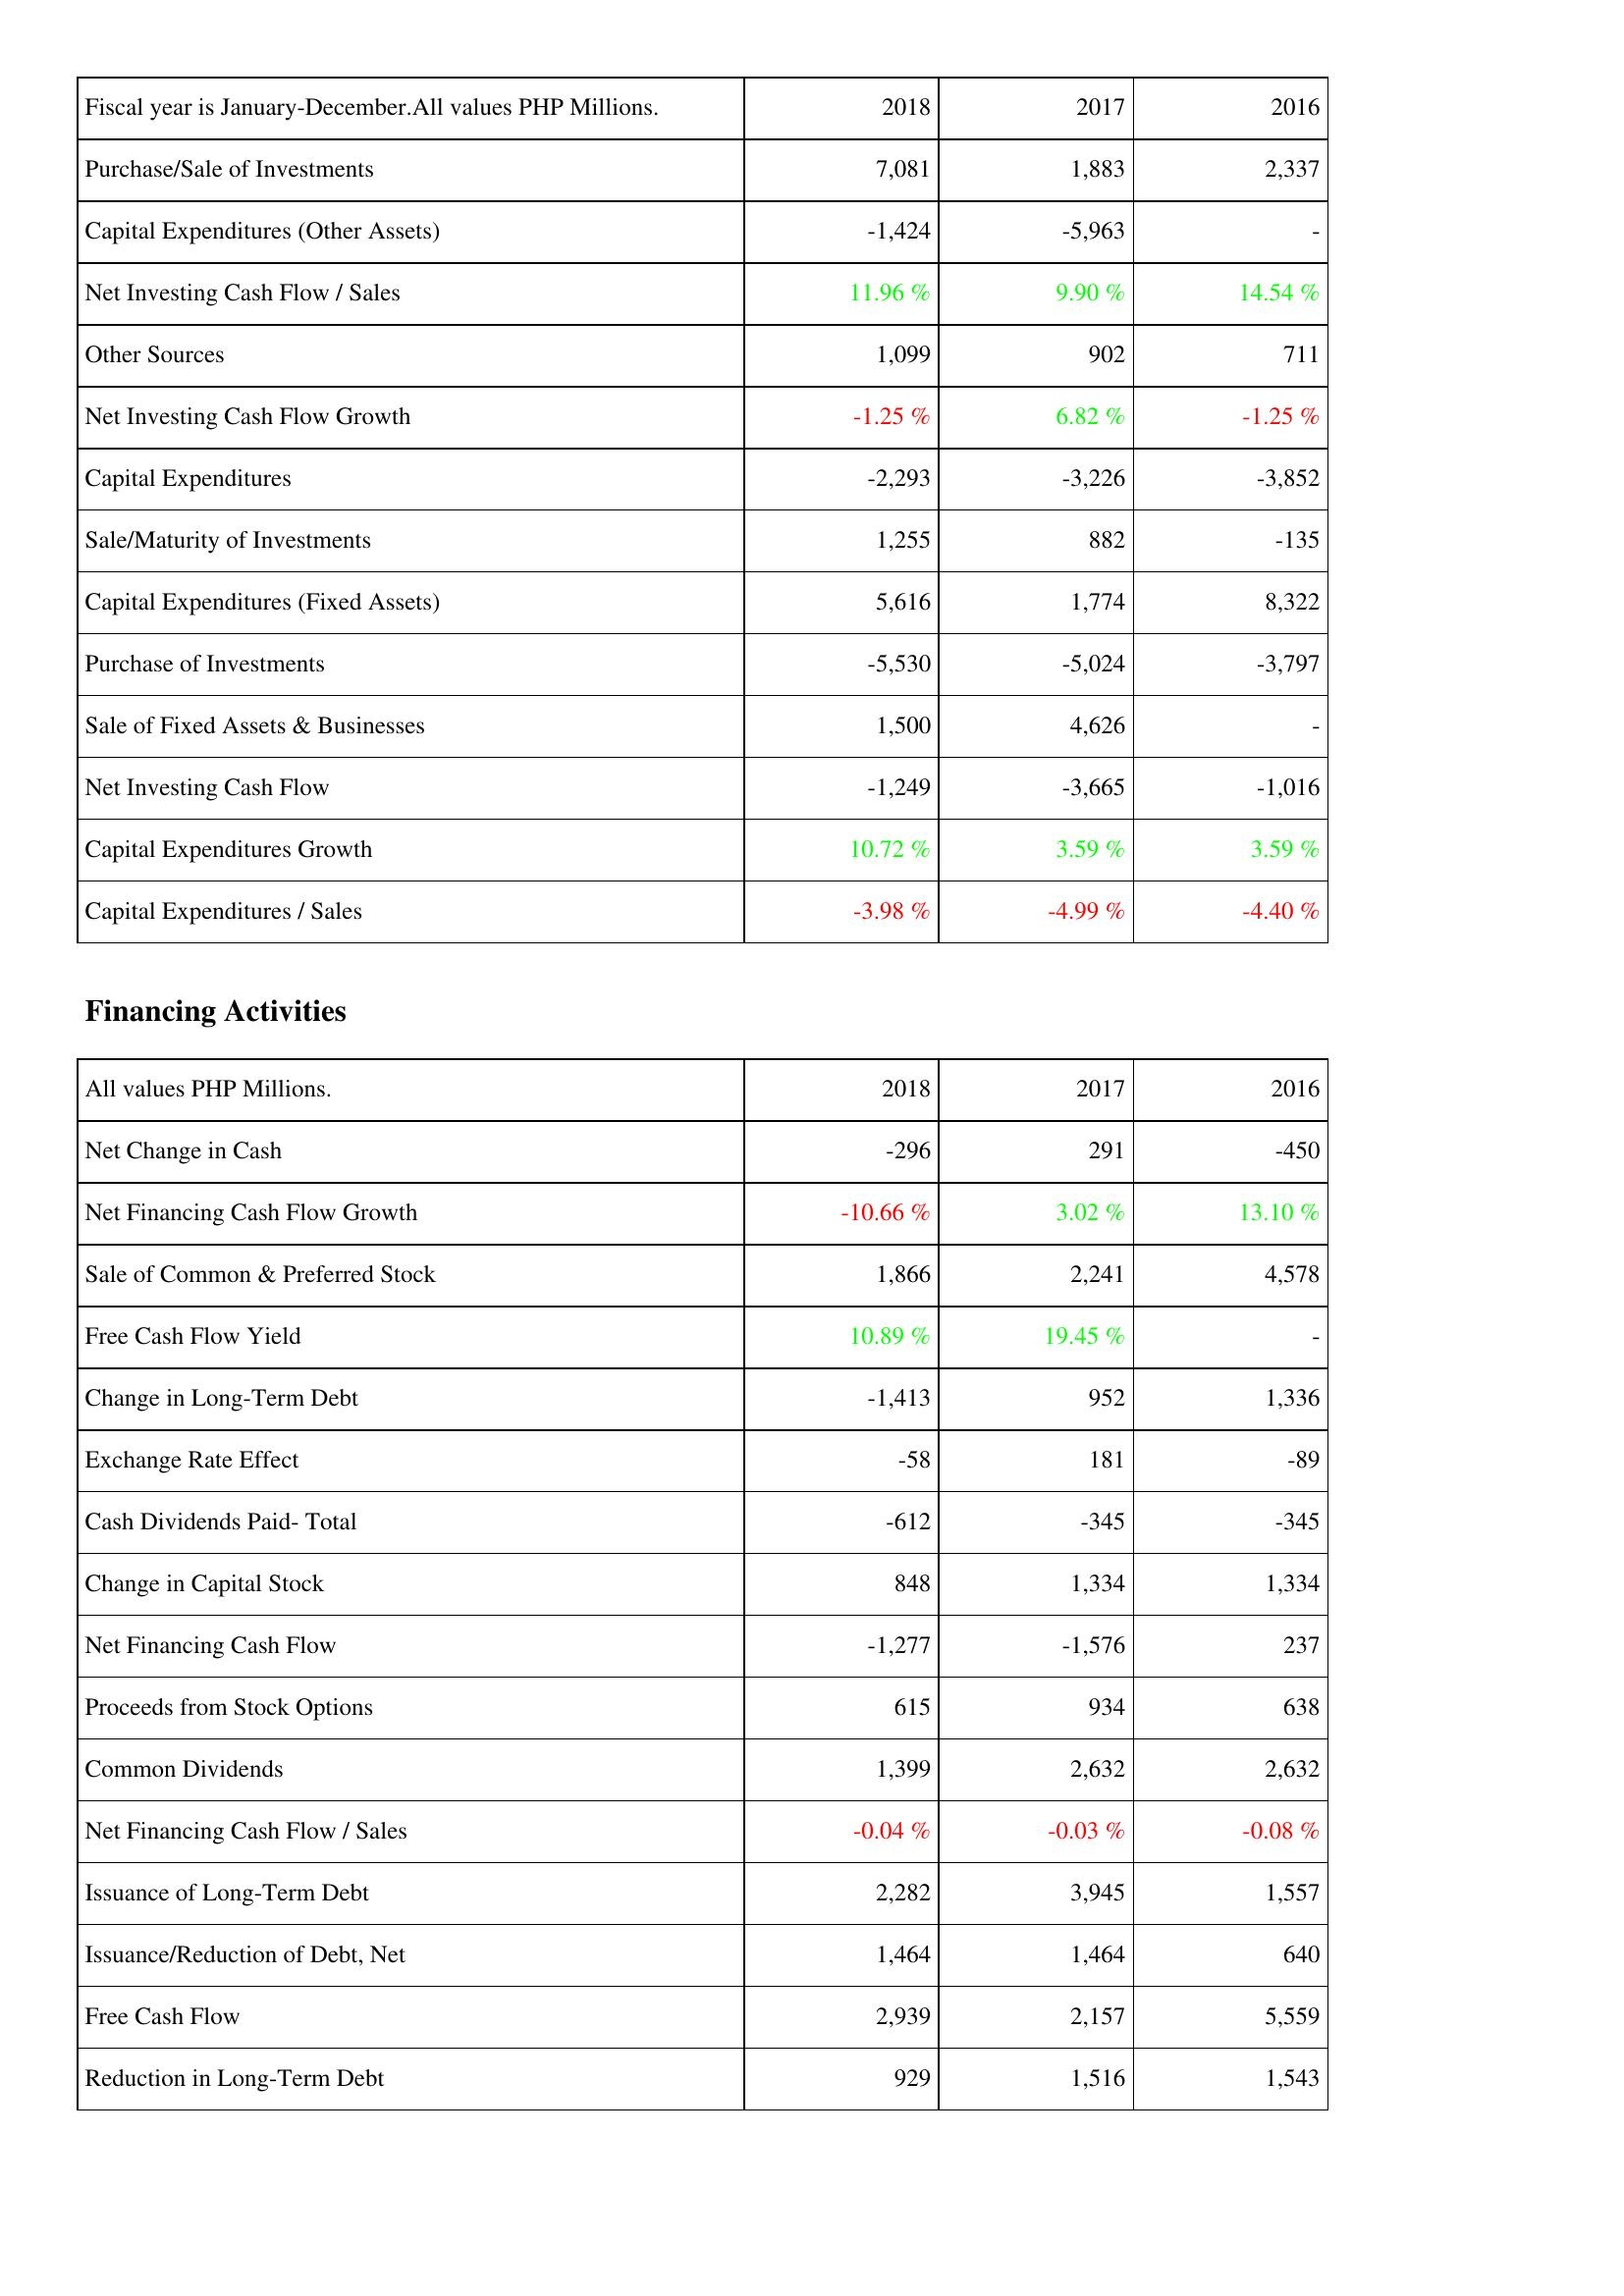
2018: Investing Activities: Purchase/Sale of Investments: 7,081
Capital Expenditures (Other Assets): -1,424
Net Investing Cash Flow / Sales: 11.96 %
Other Sources: 1,099
Net Investing Cash Flow Growth: -1.25 %
Capital Expenditures: -2,293
Sale/Maturity of Investments: 1,255
Capital Expenditures (Fixed Assets): 5,616
Purchase of Investments: -5,530
Sale of Fixed Assets & Businesses: 1,500
Net Investing Cash Flow: -1,249
Capital Expenditures Growth: 10.72 %
Capital Expenditures / Sales: -3.98 %
Financing Activities: Net Change in Cash: -296
Net Financing Cash Flow Growth: -10.66 %
Sale of Common & Preferred Stock: 1,866
Free Cash Flow Yield: 10.89 %
Change in Long-Term Debt: -1,413
Exchange Rate Effect: -58
Cash Dividends Paid- Total: -612
Change in Capital Stock: 848
Net Financing Cash Flow: -1,277
Proceeds from Stock Options: 615
Common Dividends: 1,399
Net Financing Cash Flow / Sales: -0.04 %
Issuance of Long-Term Debt: 2,282
Issuance/Reduction of Debt, Net: 1,464
Free Cash Flow: 2,939
Reduction in Long-Term Debt: 929
2017: Investing Activities: Purchase/Sale of Investments: 1,883
Capital Expenditures (Other Assets): -5,963
Net Investing Cash Flow / Sales: 9.90 %
Other Sources: 902
Net Investing Cash Flow Growth: 6.82 %
Capital Expenditures: -3,226
Sale/Maturity of Investments: 882
Capital Expenditures (Fixed Assets): 1,774
Purchase of Investments: -5,024
Sale of Fixed Assets & Businesses: 4,626
Net Investing Cash Flow: -3,665
Capital Expenditures Growth: 3.59 %
Capital Expenditures / Sales: -4.99 %
Financing Activities: Net Change in Cash: 291
Net Financing Cash Flow Growth: 3.02 %
Sale of Common & Preferred Stock: 2,241
Free Cash Flow Yield: 19.45 %
Change in Long-Term Debt: 952
Exchange Rate Effect: 181
Cash Dividends Paid- Total: -345
Change in Capital Stock: 1,334
Net Financing Cash Flow: -1,576
Proceeds from Stock Options: 934
Common Dividends: 2,632
Net Financing Cash Flow / Sales: -0.03 %
Issuance of Long-Term Debt: 3,945
Issuance/Reduction of Debt, Net: 1,464
Free Cash Flow: 2,157
Reduction in Long-Term Debt: 1,516
2016: Investing Activities: Purchase/Sale of Investments: 2,337
Capital Expenditures (Other Assets): -
Net Investing Cash Flow / Sales: 14.54 %
Other Sources: 711
Net Investing Cash Flow Growth: -1.25 %
Capital Expenditures: -3,852
Sale/Maturity of Investments: -135
Capital Expenditures (Fixed Assets): 8,322
Purchase of Investments: -3,797
Sale of Fixed Assets & Businesses: -
Net Investing Cash Flow: -1,016
Capital Expenditures Growth: 3.59 %
Capital Expenditures / Sales: -4.40 %
Financing Activities: Net Change in Cash: -450
Net Financing Cash Flow Growth: 13.10 %
Sale of Common & Preferred Stock: 4,578
Free Cash Flow Yield: -
Change in Long-Term Debt: 1,336
Exchange Rate Effect: -89
Cash Dividends Paid- Total: -345
Change in Capital Stock: 1,334
Net Financing Cash Flow: 237
Proceeds from Stock Options: 638
Common Dividends: 2,632
Net Financing Cash Flow / Sales: -0.08 %
Issuance of Long-Term Debt: 1,557
Issuance/Reduction of Debt, Net: 640
Free Cash Flow: 5,559
Reduction in Long-Term Debt: 1,543